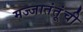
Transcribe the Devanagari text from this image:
मज्जातंतूंची